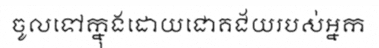
ចូលទៅក្នុងដោយជោគជ័យរបស់អ្នក